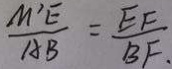
\frac { M ^ { \prime } E } { A B } = \frac { E F } { B F }